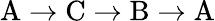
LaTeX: \mathrm{A\to C\to B\to A}